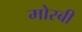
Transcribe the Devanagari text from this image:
मोस्बी